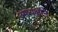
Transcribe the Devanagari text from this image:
अध्यक्षाने